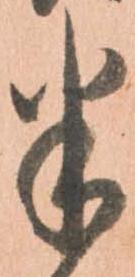
半